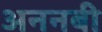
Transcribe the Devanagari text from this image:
अननबी